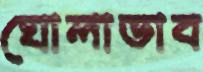
ঘোলাভাব